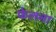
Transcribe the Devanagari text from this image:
फेलना